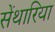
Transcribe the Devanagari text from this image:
सेंथारिया